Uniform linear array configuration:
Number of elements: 12
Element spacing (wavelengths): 1
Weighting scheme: hamming
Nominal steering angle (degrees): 15
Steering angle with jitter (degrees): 16.351
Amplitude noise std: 0.05
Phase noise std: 0.05

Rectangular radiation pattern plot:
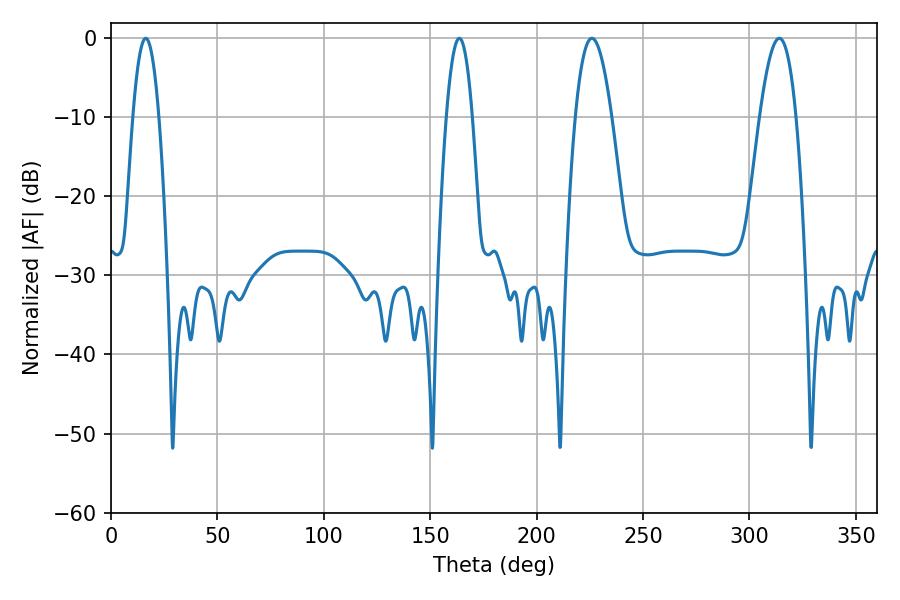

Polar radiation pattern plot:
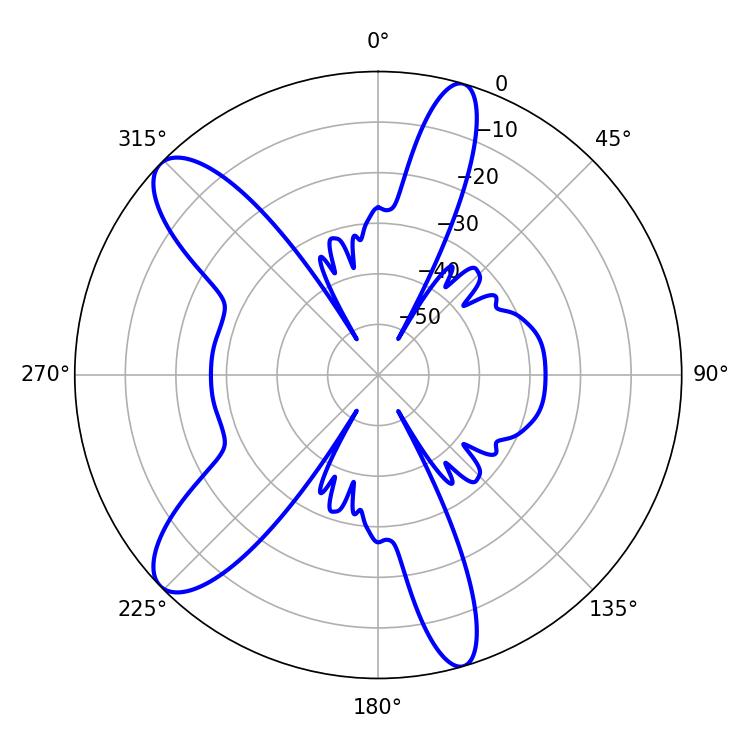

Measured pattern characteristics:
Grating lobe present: TRUE
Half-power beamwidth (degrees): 9.36
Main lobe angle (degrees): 225.9